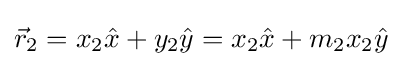
{\vec {r}}_{2}=x_{2}{\hat {x}}+y_{2}{\hat {y}}=x_{2}{\hat {x}}+m_{2}x_{2}{\hat {y}}